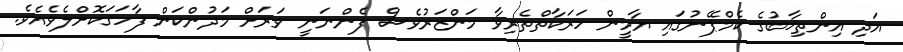
އަދި އިންތިޚާބުގެ ކެމްޕޭނުގައި ޔާމީން ހަރަކާތްތެރިވާ މަންޒަރުވެސް ފެންނަނީ ވަރަށް މަދުންކަން ފާހަގަކޮށްލެވެއެވެ.